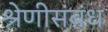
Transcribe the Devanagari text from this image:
श्रेणीसंबंध